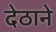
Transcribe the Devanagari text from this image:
देठाने